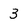
Character: 3